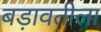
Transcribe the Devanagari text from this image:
बड़ावतीला